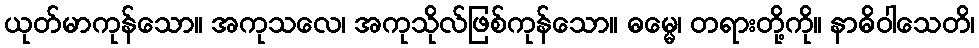
ယုတ်မာကုန်သော။ အကုသလေ၊ အကုသိုလ်ဖြစ်ကုန်သော။ ဓမ္မေ၊ တရားတို့ကို။ နာဓိဝါသေတိ၊